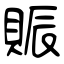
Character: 賑